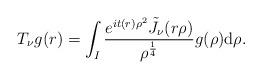
LaTeX: \begin{align*}T_{\nu}g(r)=\int_{I}\frac{e^{it(r)\rho^2}\tilde{J}_{\nu}(r\rho)}{\rho^{\frac14}}g(\rho)\mathrm{d}\rho.\end{align*}